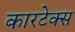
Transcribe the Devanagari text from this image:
कारटेक्स